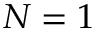
N = 1